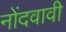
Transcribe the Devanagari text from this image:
नोंदवावी